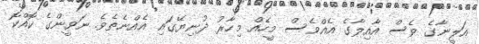
އަލީނާގެ ވެސް އާއިލާގެ އެއްވެސް މީހެއް މިހާރު ދުނިޔޭގައި އެއްނެތެވެ. ނަވީންގެ ކޮއްކޮ